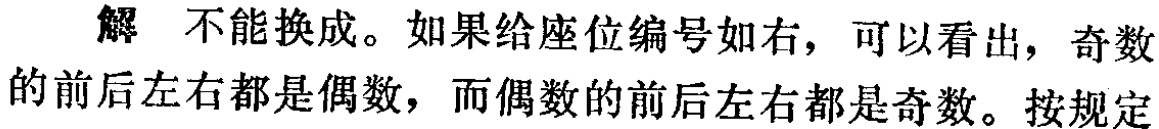
解 不能换成。如果给座位编号如右，可以看出，奇数的前后左右都是偶数，而偶数的前后左右都是奇数。按规定